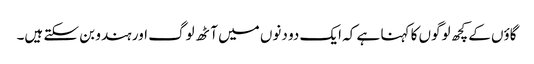
گاؤں کے کچھ لوگوں کا کہنا ہے کہ ایک دو دنوں میں آٹھ لوگ اور ہندو بن سکتے ہیں۔